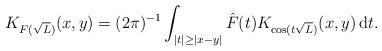
LaTeX: \begin{align*}K_{F(\sqrt{L})}(x,y)=(2\pi)^{-1}\int_{|t|\geq |x-y|}{\hat F}(t)K_{\cos(t\sqrt{L})} (x,y) \, {\rm d}t.\end{align*}